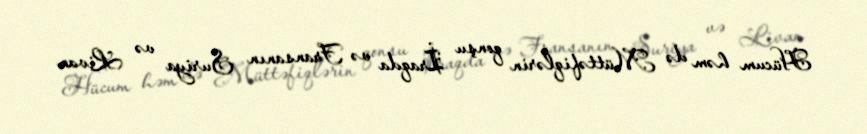
Hücum həm də Müttəfiqlərin qonşu İraqda və Fransanın Suriya və Livan